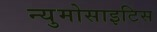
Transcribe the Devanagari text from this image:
न्युमोसाइटिस